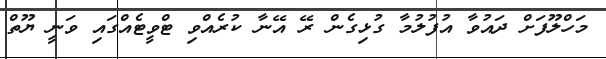
މަހްލޫފަށް ދައުވާ އުފުލުމާ ގުޅިގެން ރޭ އޭނާ ކުރެއްވި ޓްވީޓެއްގައި ވަނީ ޔޫތް